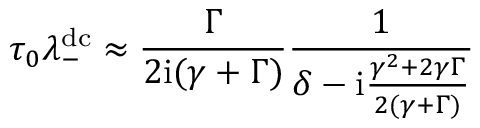
\tau _ { 0 } \lambda _ { - } ^ { \mathrm { d c } } \approx \frac { \Gamma } { 2 \mathrm { i } ( \gamma + \Gamma ) } \frac { 1 } { \delta - \mathrm { i } \frac { \gamma ^ { 2 } + 2 \gamma \Gamma } { 2 ( \gamma + \Gamma ) } }